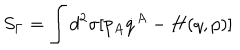
S _ { \Gamma } = \int d ^ { 2 } \sigma [ p _ { A } \dot { q } ^ { A } - H ( q , p ) ]